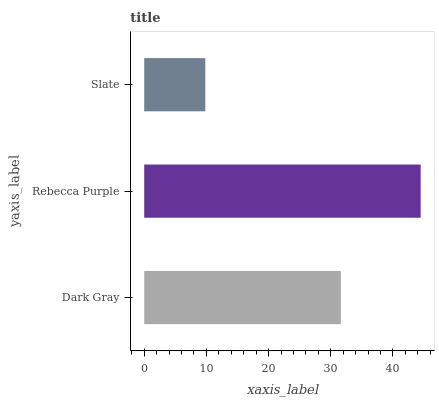
| yaxis_label | bars |
 | --- | --- |
 | Dark Gray | 31.6 |
 | Rebecca Purple | 44.5 |
 | Slate | 9.83 |